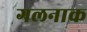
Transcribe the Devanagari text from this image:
गलनाक